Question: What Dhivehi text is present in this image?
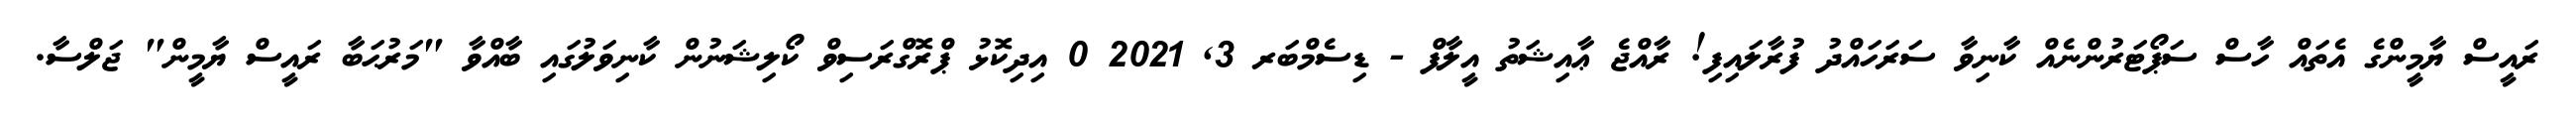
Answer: ރައީސް ޔާމީންގެ އެތައް ހާސް ސަޕޯޓަރުންނެއް ކާނިވާ ސަރަހައްދު ފުރާލައިފި! ރާއްޖެ ޢާއިޝަތު އީލާފް - ޑިސެމްބަރ 3, 2021 0 އިދިކޮޅު ޕްރޮގްރަސިވް ކޯލިޝަނުން ކާނިވަލުގައި ބާއްވާ "މަރުޙަބާ ރައީސް ޔާމީން" ޖަލްސާ.